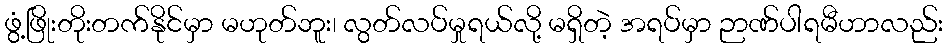
ဖွံ့ဖြိုးတိုးတက်နိုင်မှာ မဟုတ်ဘူး၊ လွတ်လပ်မှုရယ်လို့ မရှိတဲ့ အရပ်မှာ ဉာဏ်ပါရမီဟာလည်း